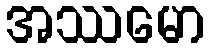
အဿမော